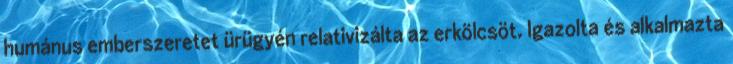
humánus emberszeretet ürügyén relativizálta az erkölcsöt. Igazolta és alkalmazta